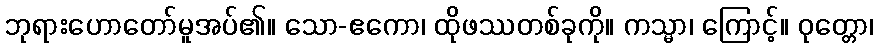
ဘုရားဟောတော်မူအပ်၏။ သော-ဧကော၊ ထိုဖဿတစ်ခုကို။ ကသ္မာ၊ ကြောင့်။ ဝုတ္တော၊